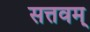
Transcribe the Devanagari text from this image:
सत्तवम्‌